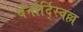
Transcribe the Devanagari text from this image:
बेर्नार्द्स्विल्ल